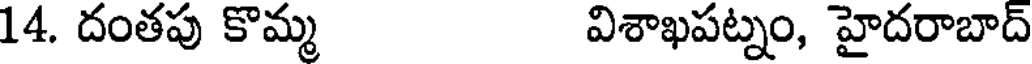
14. దంతపు కొమ్మ విశాఖపట్నం, హైదరాబాద్